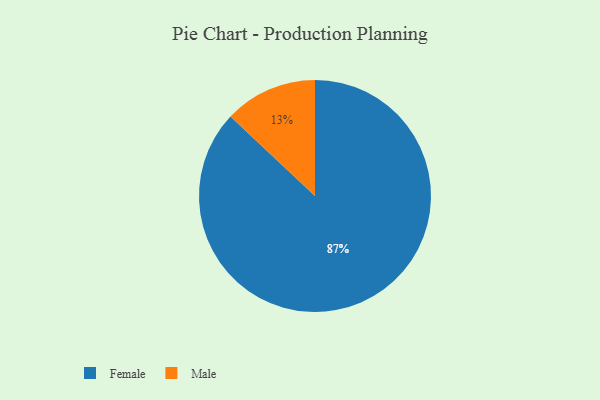
{"axis": {"x": "Category", "y": "Percentage"}, "legend": ["Female", "Male"], "data": [{"x": "Female", "y": 87, "type": "Female"}, {"x": "Male", "y": 13, "type": "Male"}]}